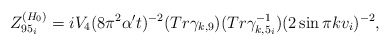
\begin{align*}Z^{(H_0)}_{95_i}= iV_4(8\pi ^2\alpha't)^{-2}(Tr\gamma_{k,9})(Tr\gamma_{k,5_i}^{-1})(2\sin\pi kv_i)^{-2},\end{align*}